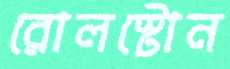
রোলস্টোন